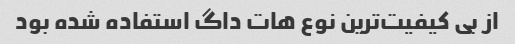
از بی کیفیت‌ترین نوع هات داگ استفاده شده بود